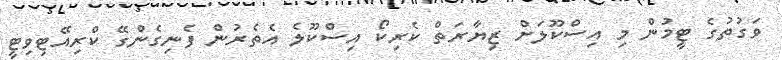
ވަގުތުގެ ޓީމުން މި އިސްކޫލަށް ޒިޔާރަތް ކެރިކޯ އިސްކޫލެ އެތެރުން ފެނިގެންގޭ ކްރިއޭޓިވިޓީ